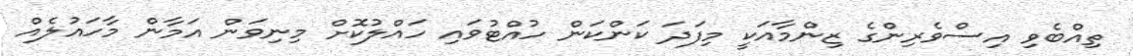
ތިއްބެވި އިސްވެރިންގެ ޒިންމާއަކީ މިފަދަ ކަންކަން ހުއްޓުވައި ހައްލުކޮށް މިނިވަން އަމާން މާހައުލެއް